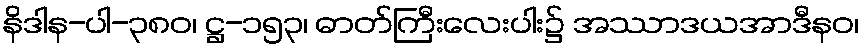
နိဒါန-ပါ-၃၈၀၊ ဋ္ဌ-၁၅၃၊ ဓာတ်ကြီးလေးပါး၌ အဿာဒယအာဒီနဝ၊